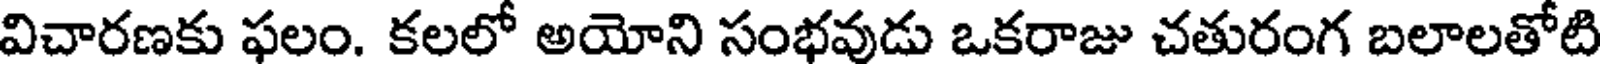
విచారణకు ఫలం. కలలో అయోని సంభవుడు ఒకరాజు చతురంగ బలాలతోటి